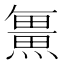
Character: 𭻯